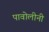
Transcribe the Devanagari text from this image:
पावोलीनी